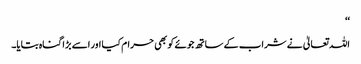
‘‘
اللہ تعالیٰ نے شراب کے ساتھ جوئے کو بھی حرام کیا اور اسے بڑا گناہ بتایا۔